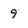
Character: 9